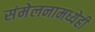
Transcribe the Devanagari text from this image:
संमेलनामध्येही